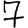
Digit: 7